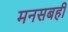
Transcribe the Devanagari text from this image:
मनसबही